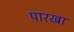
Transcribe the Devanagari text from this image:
पारखा